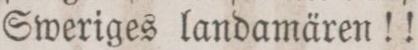
Sweriges landamären!!